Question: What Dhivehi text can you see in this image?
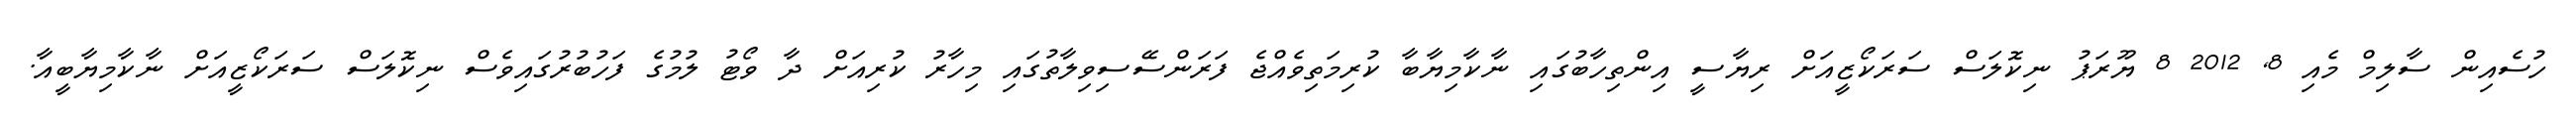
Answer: ހުސެއިން ސާލިމް މެއި 8, 2012 8 ޔޫރަޕު ނިކޮލަސް ސަރަކޯޒީއަށް ރިޔާސީ އިންތިހާބުގައި ނާކާމިޔާބާ ކުރިމަތިވެއްޖެ ފަރަންސޭސިވިލާތުގައި މިހާރު ކުރިއަށް ދާ ވޯޓު ލުމުގެ ފަހުބުރުގައިވެސް ނިކޮލަސް ސަރަކޯޒީއަށް ނާކާމިޔާބީއާ.